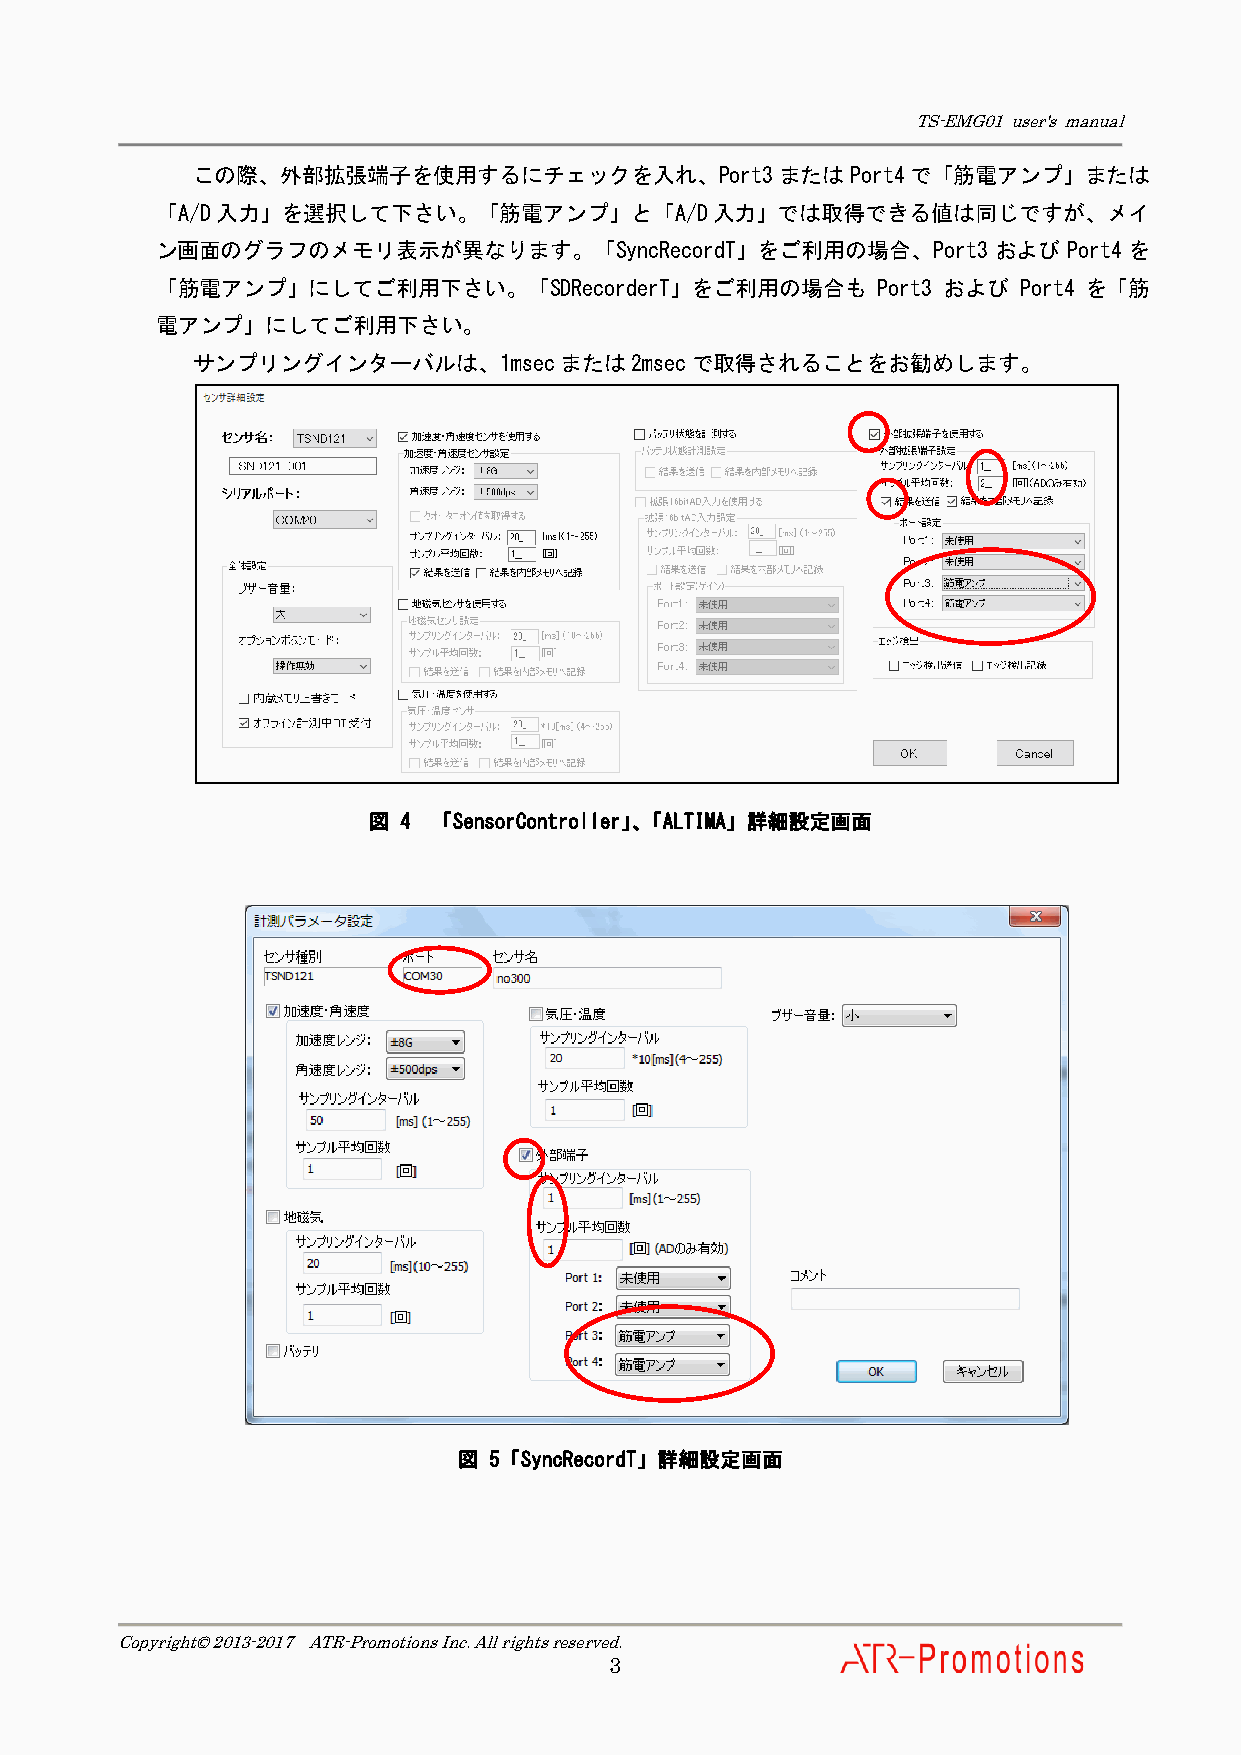
TS-EMG01 user's manual
 この際、外部拡張端子を使用するにチェックを入れ、Port3またはPort4で「筋電アンプ」または
 「A/D入力」を選択して下さい。「筋電アンプ」と「A/D入力」では取得できる値は同じですが、メイ
 ン画面のグラフのメモリ表示が異なります。「SyncRecordT」をご利用の場合、Port3          および  Port4 を
 「筋電アンプ」にしてご利用下さい。「SDRecorderT」をご利用の場合も          Port3 および Port4 を「筋
 電アンプ」にしてご利用下さい。
 サンプリングインターバルは、1msecまたは2msecで取得されることをお勧めします。
 図 4  「SensorController」、「ALTIMA」詳細設定画面
 図 5「SyncRecordT」詳細設定画面
 Copyright© 2013-2017 ATR-Promotions Inc. All rights reserved.
 3